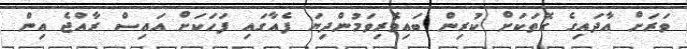
ވަރަށް އާދައިގެ ގޮތަކަށް ކުރިން ބައިވެރިވަމުންދިޔަ ފެއާގައި ފަހަކަށް އައިސް ރާއްޖެ އިން